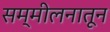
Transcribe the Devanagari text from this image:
सम्मीलनातून